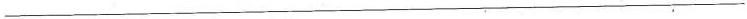
___